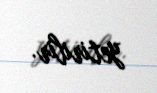
yetirilir.